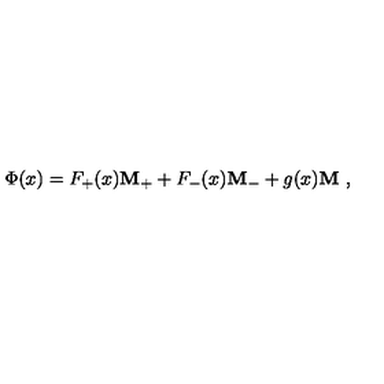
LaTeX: \Phi ( x ) = F _ { + } ( x ) { \bf M _ { + } } + F _ { - } ( x ) { \bf M _ { - } } + g ( x ) { \bf M } \ ,